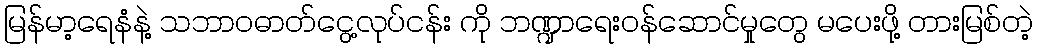
မြန်မာ့ရေနံနဲ့ သဘာဝဓာတ်ငွေ့လုပ်ငန်း ကို ဘဏ္ဍာရေးဝန်ဆောင်မှုတွေ မပေးဖို့ တားမြစ်တဲ့